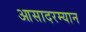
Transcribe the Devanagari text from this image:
आसादरम्यान